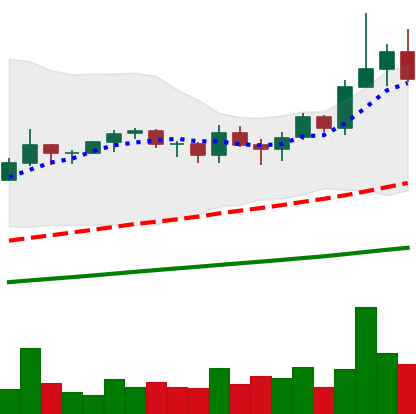
Ticker: TRX-USD
Chart end date: 2021-03-22
Forward return: 6.736%
Label: up_5_7